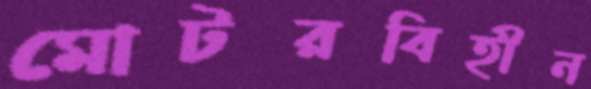
মোটরবিহীন